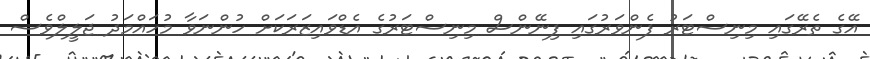
އޭގެ ތެރޭގައި މިނިސްޓަރު ފެންވަރުގައި ފިނޭންސް މިނިސްޓަރުގެ އެޑްވައިޒަރަކަށް ހުންނަވާ މުހައްމަދު ޖަލީލްވެސް